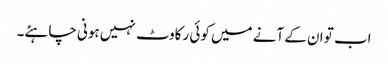
اب تو ان کے آنے میں کوئی رکاوٹ نہیں ہونی چاہئے۔